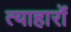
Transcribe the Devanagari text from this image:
त्याहारों